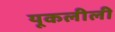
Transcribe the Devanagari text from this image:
यूकलीली